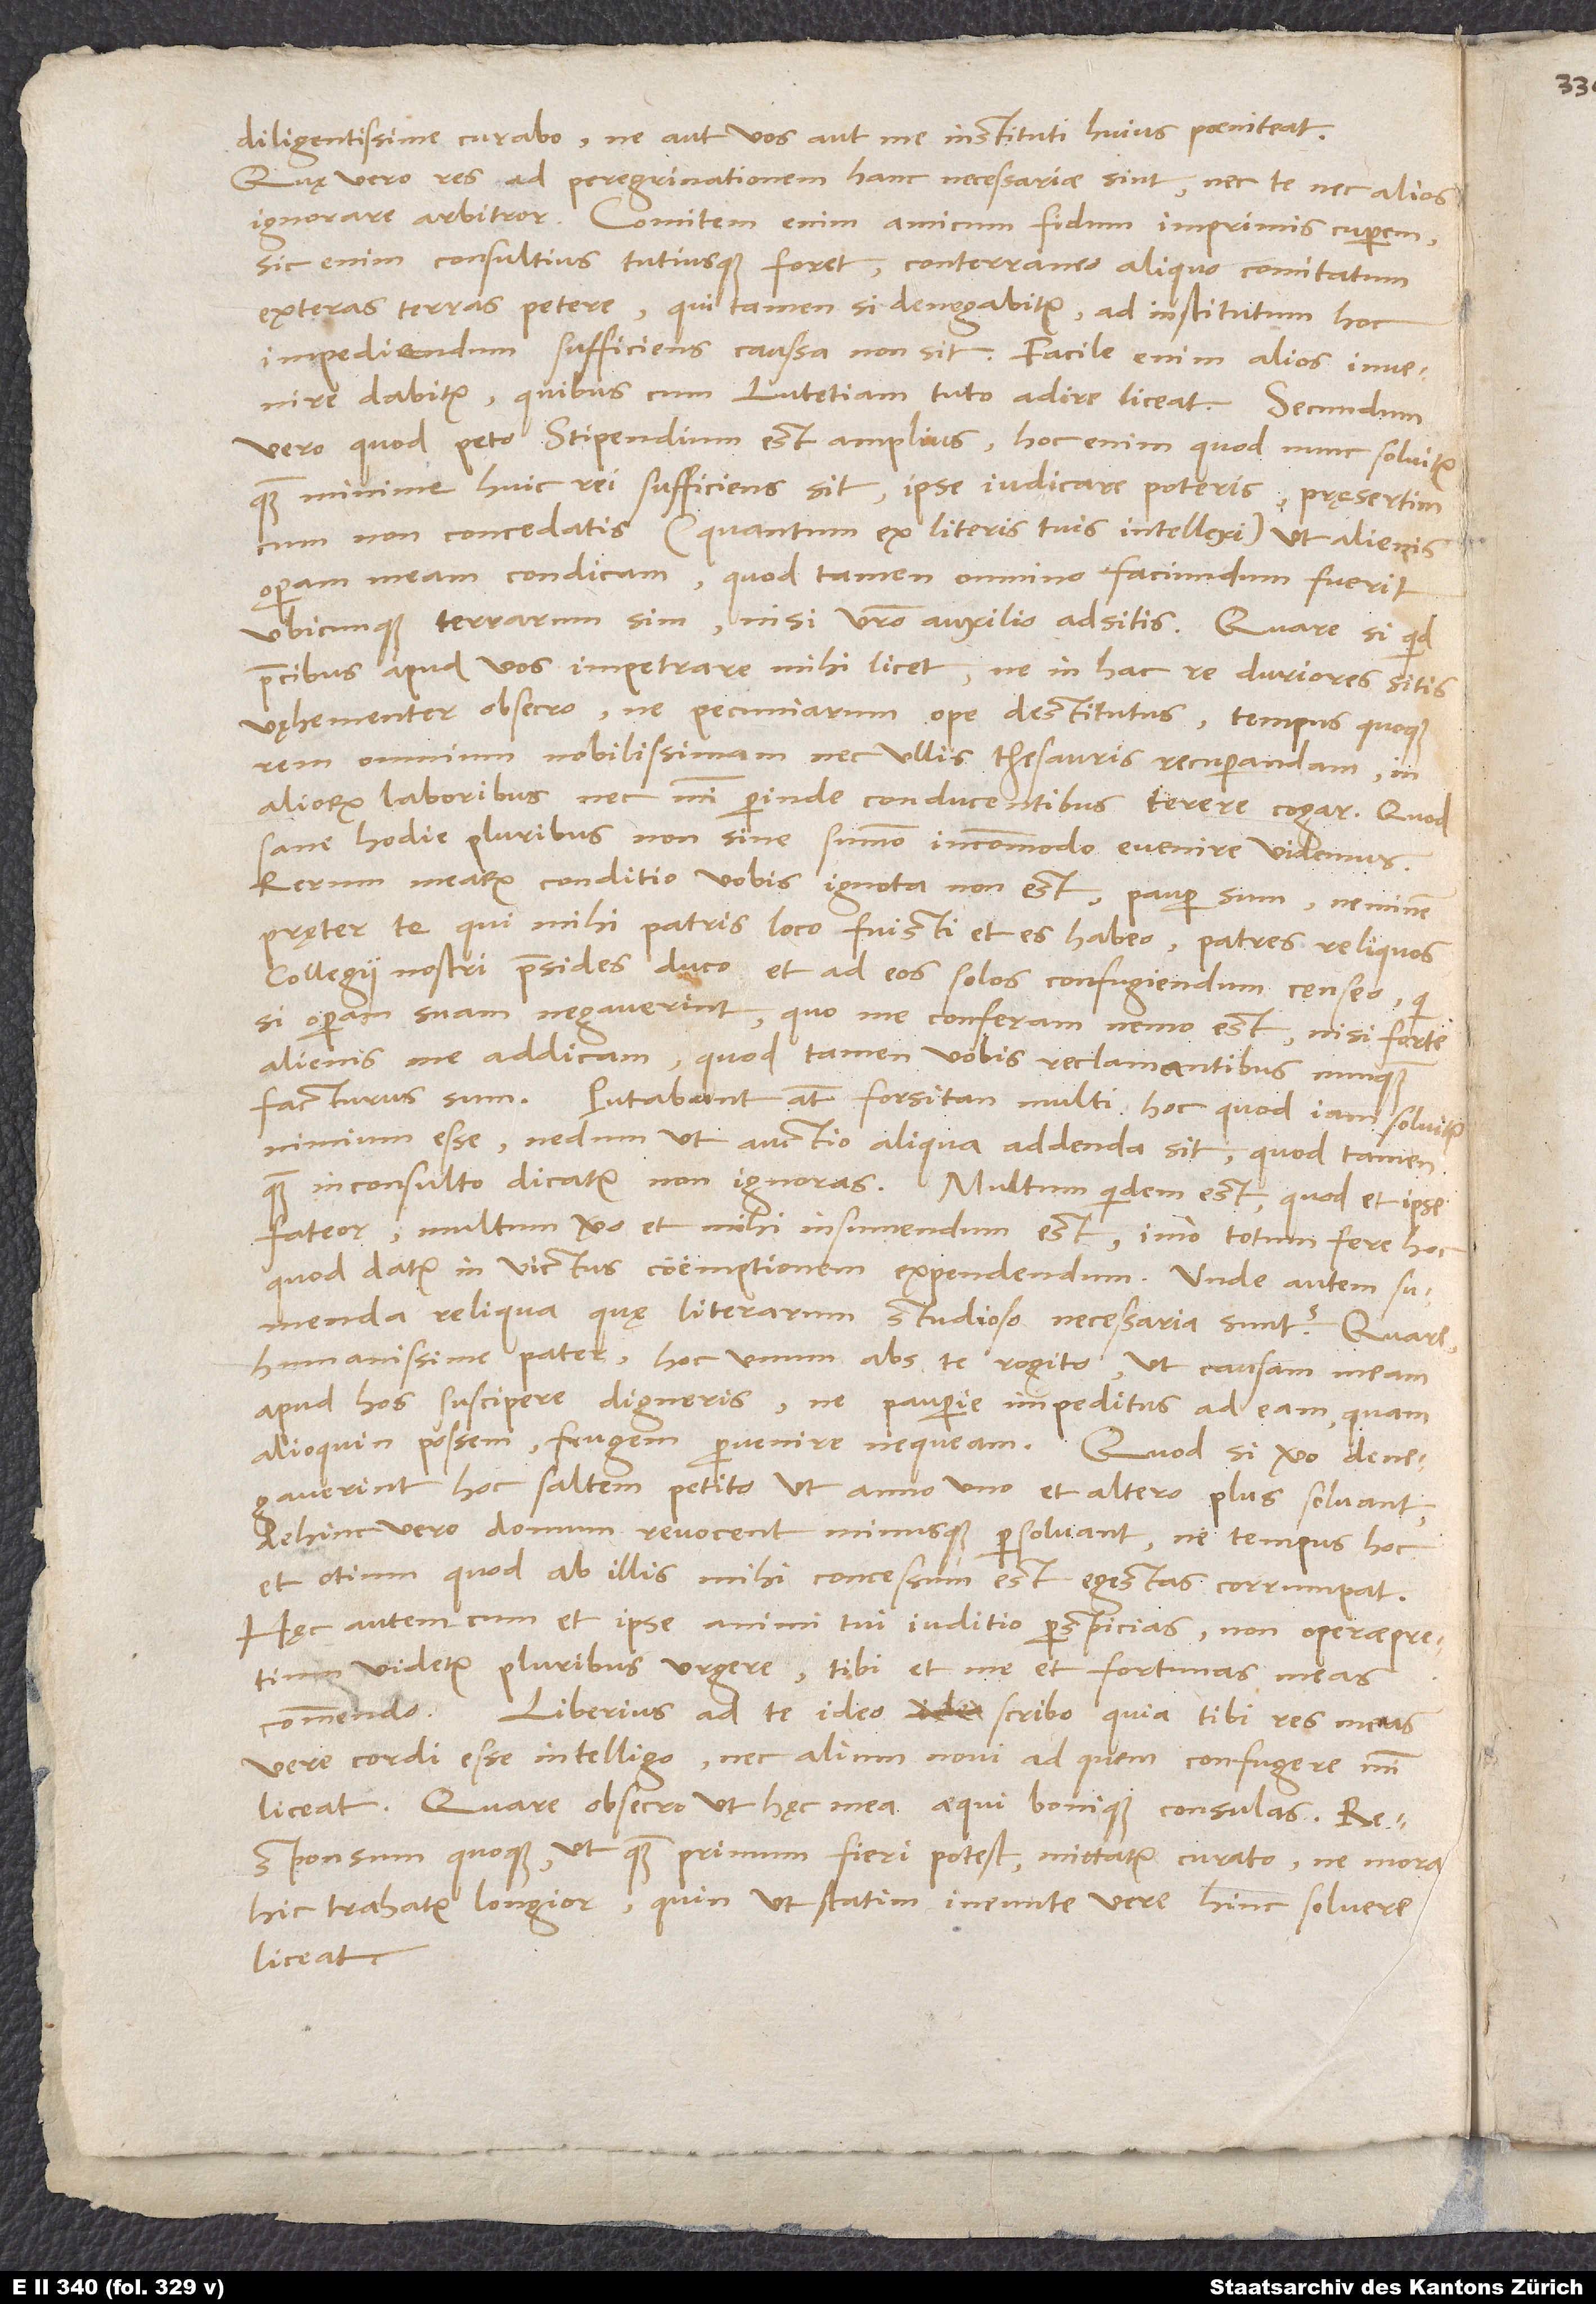
diligentissime curabo, ne aut vos aut me instituti huius poeniteat.
Quę vero res ad peregrinationem hanc necessariae sint, nec te nec alios
ignorare arbitror. Comitem enim amicum fidum imprimis cuperem;
sic enim consultius tutiusque foret conterraneo aliquo comitatum
impediendum sufficiens caussa non sit. Facile enim alios invenire
dabitur, quibuscum Lutetiam tuto adire liceat.
vero, quod peto, stipendium est amplius; hoc enim, quod nunc solvitur,
quam minime huic rei sufficiens sit, ipse iudicare poteris, pręsertim
cum non concedatis (quantum ex literis tuis intellexi), ut alienis
operam meam condicam, quod tamen omnino faciundum fuerit,
ubicunque terrarum sim, nisi vestro auxilio adsitis. Quare si quid
precibus apud vos impetrare mihi licet, ne in hac re duriores sitis,
vęhementer obsecro, ne pecuniarum ope destitutus tempus quoque,
rem omnium nobilissimam nec ullis thesauris recuperandam, in
aliorum laboribus nec mihi perinde conducentibus terere cogar, quod
sane hodie pluribus non sine summo incommodo evenire videmus.
Rerum mearum conditio vobis ignota non est: Pauper sum, neminem
pręter te, qui mihi patris loco fuisti et es, habeo; patres reliquos
collegii nostri praesides duco et ad eos solos confugiendum censeo.
si operam suam negaverint, quo me conferam, nemo est, nisi forte
alienis me addicam, quod tamen vobis reclamantibus nunquam
facturus sum. Putabunt autem forsitan multi hoc, quod iam solvitur,
nimium esse, nedum ut auctio aliqua addenda sit; quod tamen
quam inconsulto dicatur, non ignoras. Multum quidem est, quod et ipse
fateor; multum vero et mihi insumendum est, imo totum fere hoc,
quod datur, in victus coemptionem expendendum. Unde autem sumenda
reliqua, quę literarum studioso necessaria sunt? Quare,
humanissime pater, hoc unum abs te rogito, ut causam meam
apud hos suscipere digneris, ne pauperie impeditus ad eam, quam
alioquin possem, frugem pervenire nequeam. Quod si vero denegaverint,
hoc saltem petito, ut anno uno et altero plus solvant,
dehinc vero domum revocent minusque persolvant, ne tempus hoc
et otium, quod ab illis mihi concessum est, egestas corrumpat.
Hęc autem cum et ipse animi tui iuditio perspicias, non operaepretium
videtur pluribus urgere; tibi et me et fortunas meas
commendo. Liberius ad te ideo scribo, quia tibi res meas
vere cordi esse intelligo nec alium novi, ad quem confugere mihi
Quare obsecro, ut hęc mea aequi bonique consulas.
Responsum quoque ut, quam primum fieri potest, mittatur, curato, ne mora
hic trahatur longior, quin ut statim ineunte vere hinc solvere